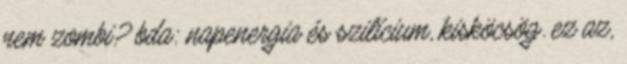
nem zombi? bda: napenergia és szilícium, kisköcsög. ez az,